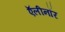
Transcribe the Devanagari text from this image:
ऍलीनॉर